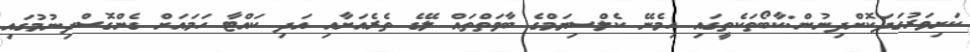
ކަށިވަރުގަދަކޮށްދިނުން:ކާބޯތަކެތީގައި ހިމެނޭ ކެލްސިޔަމްގެ ބާވަތްތައް ލޭގެ ތެރެއަށާއި އަދި ކައްޓާ ހަމައަށް ގެންގޮސްދިނުމުގައި